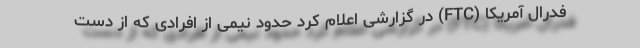
فدرال آمریکا (FTC) در گزارشی اعلام کرد حدود نیمی از افرادی که از دست